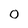
Character: 0